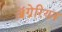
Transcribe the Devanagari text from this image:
ॲग्रेरियन